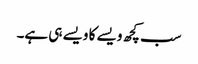
سب کچھ ویسے کا ویسے ہی ہے۔